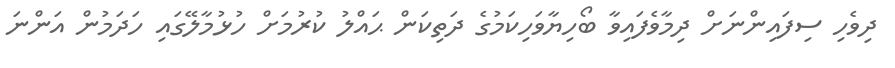
ދިވެހި ސިފައިންނަށް ދިމާވެފައިވާ ބޯހިޔާވަހިކަމުގެ ދަތިކަން ޙައްލު ކުރުމަށް ހުޅުމާލޭގައި ހަދަމުން އަންނަ